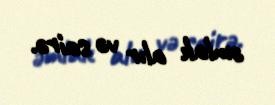
əmlak alır və sairə.